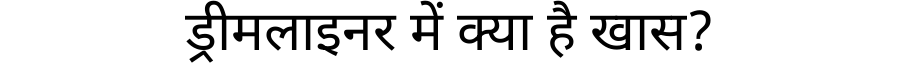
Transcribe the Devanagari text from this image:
ड्रीमलाइनर में क्या है खास?